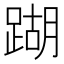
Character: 䠒